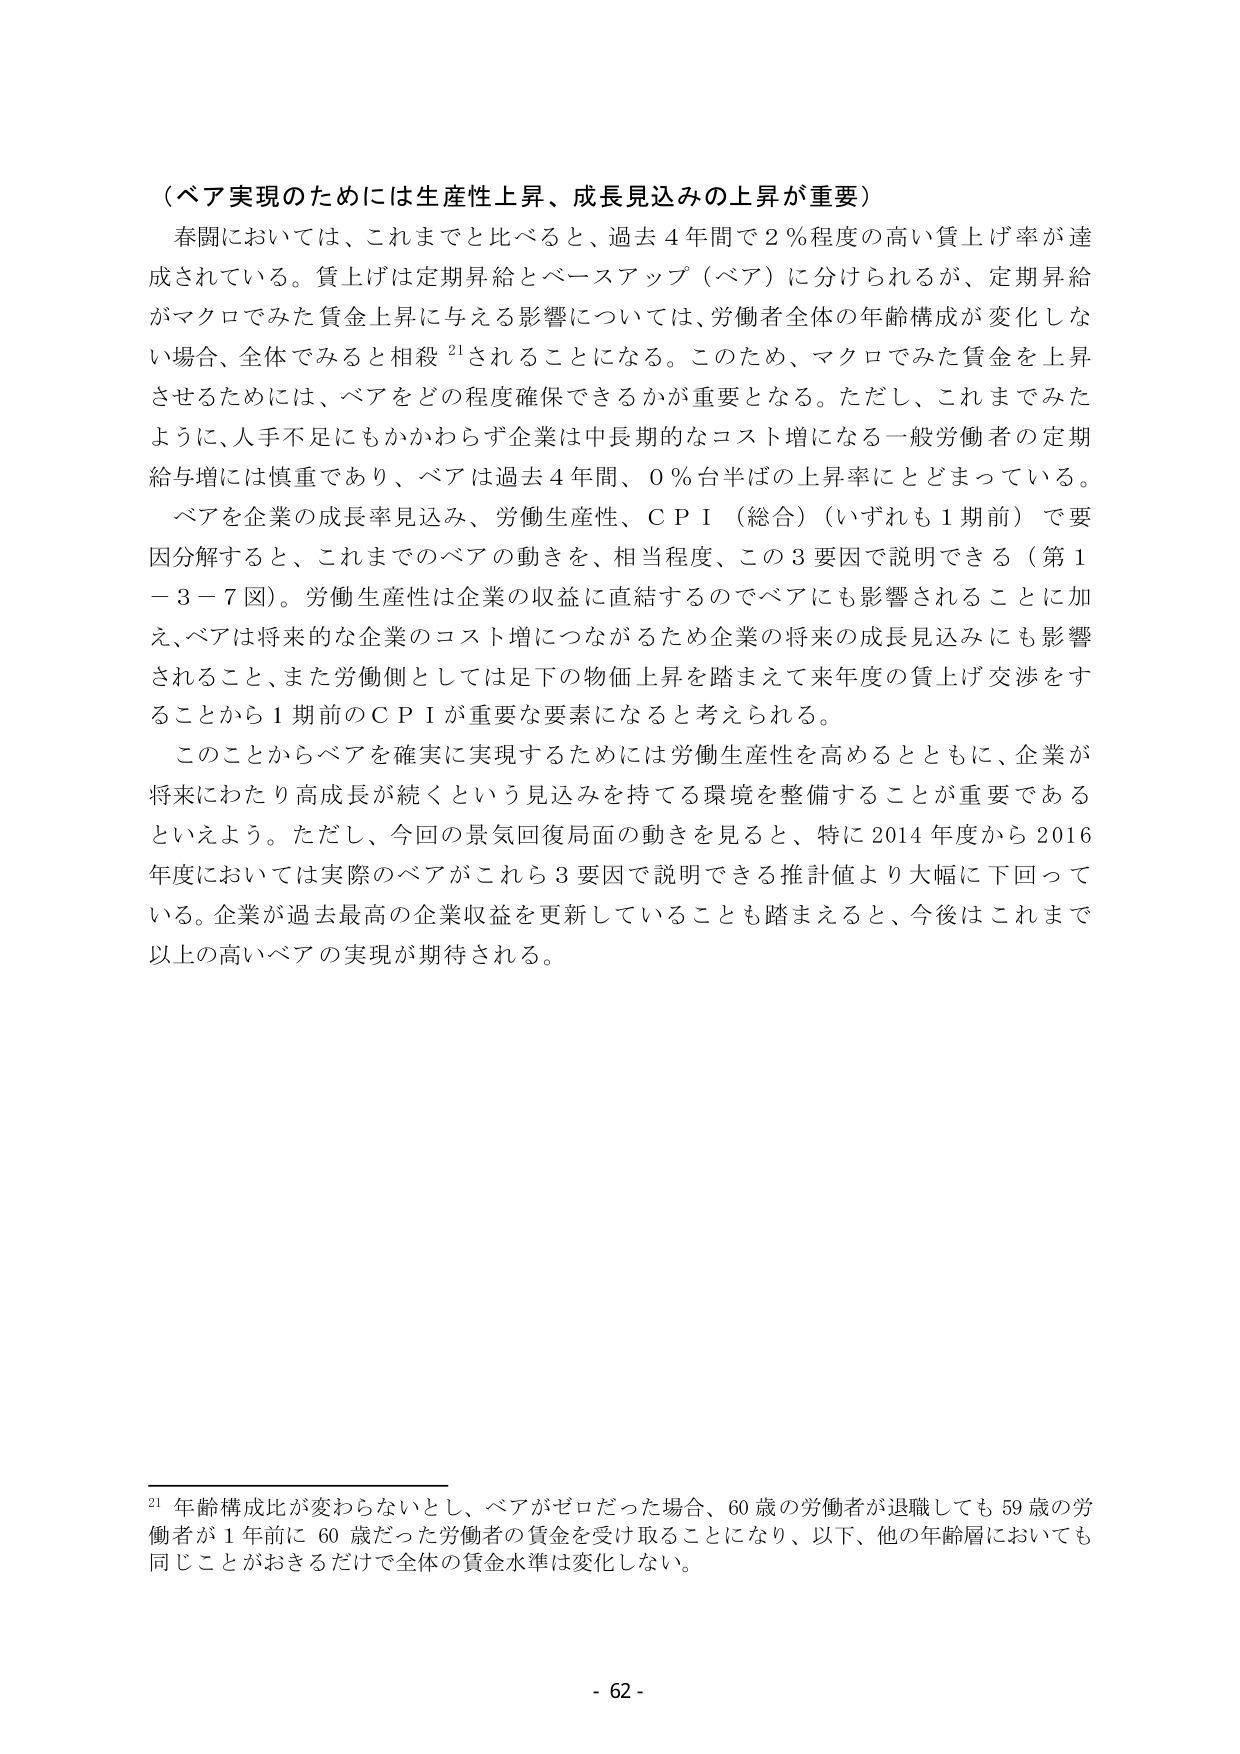
（ベア実現のためには生産性上昇、成長見込みの上昇が重要）

春闘においては、これまでと比べると、過去４年間で２％程度の高い賃上げ率が達成されている。賃上げは定期昇給とベースアップ（ベア）に分けられるが、定期昇給がマクロでみた賃金上昇に与える影響については、労働者全体の年齢構成が変化しない場合、全体でみると相殺²¹されることになる。このため、マクロでみた賃金を上昇させるためには、ベアをどの程度確保できるかが重要となる。ただし、これまでみたように、人手不足にもかかわらず企業は中長期的なコスト増になる一般労働者の定期給与増には慎重であり、ベアは過去４年間、０％台半ばの上昇率にとどまっている。

ベアを企業の成長率見込み、労働生産性、ＣＰＩ（総合）（いずれも１期前）で要因分解すると、これまでのベアの動きを、相当程度、この３要因で説明できる（第１－３－７図）。労働生産性は企業の収益に直結するのでベアにも影響されることに加え、ベアは将来的な企業のコスト増につながるため企業の将来の成長見込みにも影響されること、また労働側としては足下の物価上昇を踏まえて来年度の賃上げ交渉をすることから１期前のＣＰＩが重要な要素になると考えられる。

このことからベアを確実に実現するためには労働生産性を高めるとともに、企業が将来にわたり高成長が続くという見込みを持てる環境を整備することが重要であるといえよう。ただし、今回の景気回復局面の動きを見ると、特に2014年度から2016年度においては実際のベアがこれら３要因で説明できる推計値より大幅に下回っている。企業が過去最高の企業収益を更新していることも踏まえると、今後はこれまで以上の高いベアの実現が期待される。

²¹ 年齢構成比が変わらないとし、ベアがゼロだった場合、60歳の労働者が退職しても59歳の労働者が１年前に60歳だった労働者の賃金を受け取ることになり、以下、他の年齢層においても同じことがおきるだけで全体の賃金水準は変化しない。

- 62 -